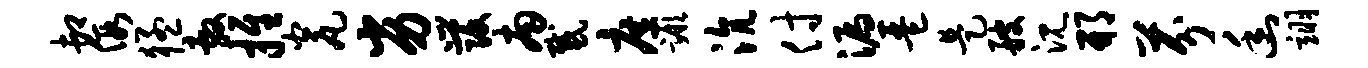
卸假猛敷推瓮劣发南感庶蹶沆付漏琶是艘沉邢芬幽翊